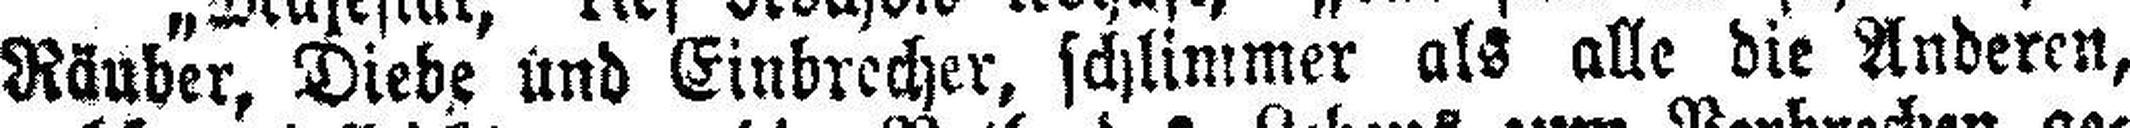
Räuber, Diebe und Einbrecher, schlimmer als alle die Anderen,